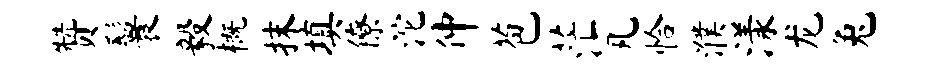
赞鬟毅概抹填僚沱仲苞茫凡恰濮漾龙兔